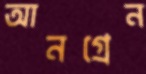
আনগ্রেন